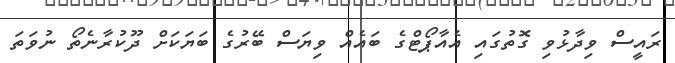
ރައީސް ވިދާޅުވި ގޮތުގައި އެެއާޕޯޓްގެ ބައެއް ވިޔަސް ބޭރުގެ ބަޔަކަށް ދޫކުރާނެތޯ ނުވަތަ